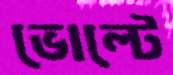
ভোল্টে